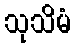
သုသိမံ